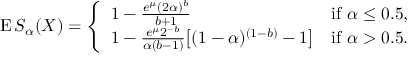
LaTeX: \operatorname { E } S _ { \alpha } ( X ) = { \left\{ \begin{array} { l l } { 1 - { \frac { e ^ { \mu } ( 2 \alpha ) ^ { b } } { b + 1 } } } & { { \mathrm { i f ~ } } \alpha \leq 0 . 5 , } \\ { 1 - { \frac { e ^ { \mu } 2 ^ { - b } } { \alpha ( b - 1 ) } } { \big [ } ( 1 - \alpha ) ^ { ( 1 - b ) } - 1 { \big ] } } & { { \mathrm { i f ~ } } \alpha > 0 . 5 . } \end{array} \right. }